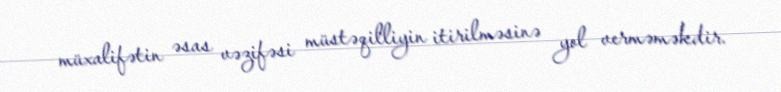
müxalifətin əsas vəzifəsi müstəqilliyin itirilməsinə yol verməməkdir.